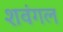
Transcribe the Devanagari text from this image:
शवंगल